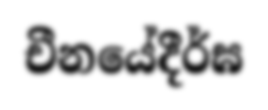
චීනයේදීර්ඝ